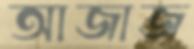
আজাজ